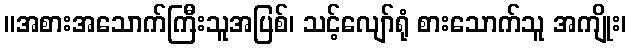
။အစားအသောက်ကြီးသူအပြစ်၊ သင့်လျော်ရုံ စားသောက်သူ အကျိုး၊